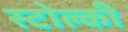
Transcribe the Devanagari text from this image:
स्टोल्की